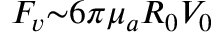
F _ { v } { \sim } 6 { \pi } { \mu } _ { a } R _ { 0 } V _ { 0 }